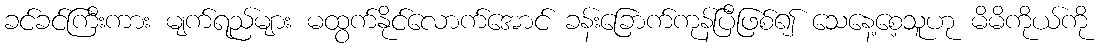
ခင်ခင်ကြီးကား မျက်ရည်များ မထွက်နိုင်လောက်အောင် ခန်းခြောက်ကုန်ပြီဖြစ်၍ သေနေ့စေ့သူဟု မိမိကိုယ်ကို